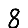
Digit: 8